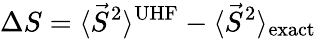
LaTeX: \Delta S=\langle\vec{S}^{2}\rangle^{\mathrm{UHF}}-\langle\vec{S}^{2}\rangle_{\mathrm{exact}}